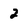
Character: 2